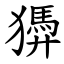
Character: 㺛